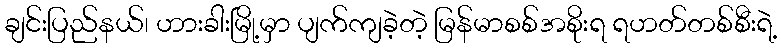
ချင်းပြည်နယ်၊ ဟားခါးမြို့မှာ ပျက်ကျခဲ့တဲ့ မြန်မာစစ်အစိုးရ ရဟတ်တစ်စီးရဲ့